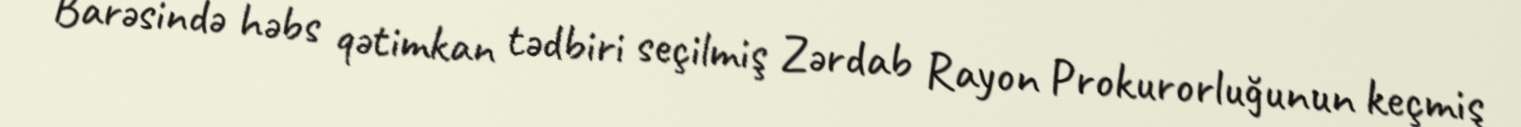
Barəsində həbs qətimkan tədbiri seçilmiş Zərdab Rayon Prokurorluğunun keçmiş